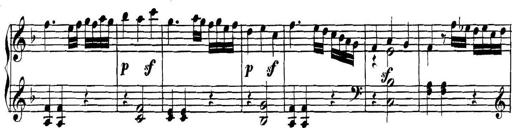
Title: Collected Piano Sonatas
Composer: Muzio Clementi